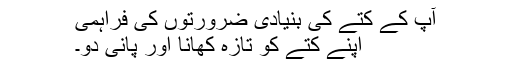
آپ کے کتے کی بنیادی ضرورتوں کی فراہمی
اپنے کتے کو تازہ کھانا اور پانی دو۔